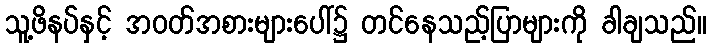
သူ့ဖိနပ်နှင့် အဝတ်အစားများပေါ်၌ တင်နေသည့်ပြာများကို ခါချသည်။